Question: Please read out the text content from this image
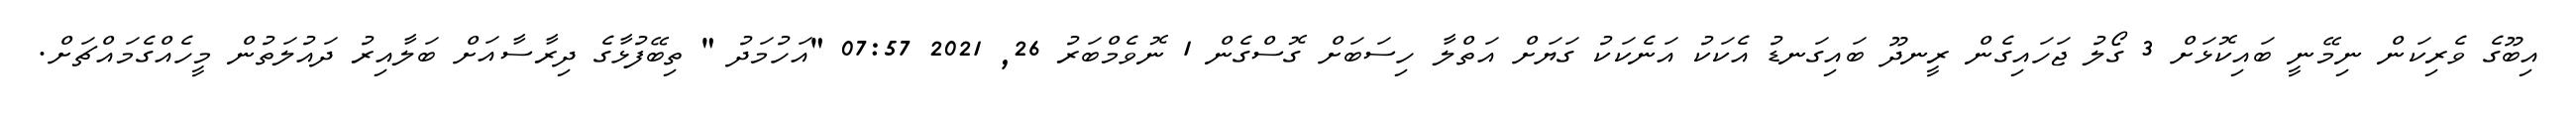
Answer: އިބޫގެ ވެރިކަން ނިމޭނީ ބައިކޮޅަށް 3 ގޯލު ޖަހައިގެން ރީނދޫ ބައިގަނޑު އެކަކު އަނެކަކު ގަޔަށް އަތްލާ ހިސަބަށް ގޮސްގެން 1 ނޮވެމްބަރު 26, 2021 07:57 "އަހުމަދު " ތިބޭފުޅާގެ ދިރާސާއަށް ބަލާއިރު ދައުލަތުން މީހެއްގެމައްޗަށް.